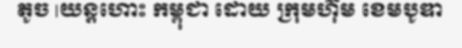
តូច |យន្តហោះ កម្ពុជា ដោយ ក្រុមហ៊ុម ខេមបូឌា